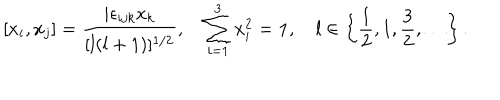
[ x _ { i } , x _ { j } ] = \frac { i \epsilon _ { i j k } x _ { k } } { [ l ( l + 1 ) ] ^ { 1 / 2 } } , \quad \sum _ { i = 1 } ^ { 3 } x _ { i } ^ { 2 } = { \bf 1 } , \quad l \in \left\{ \frac { 1 } { 2 } , 1 , \frac { 3 } { 2 } , \ldots \right\} .